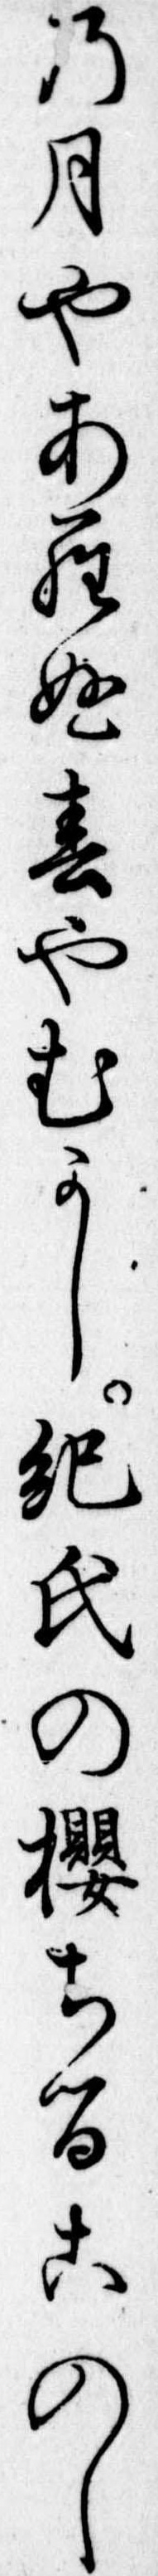
の月やあらぬ春やむかし紀氏の桜ちるこのし